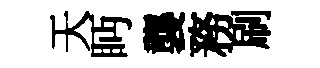
天眄襲務刷